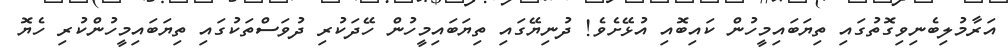
އަރާމުލިބެނިވިގޮތުގައި ތިޔަބައިމީހުން ކައިބޮއި އުޅޭށެވެ! ދުނިޔޭގައި ތިޔަބައިމީހުން ހޭދަކުރި ދުވަސްތަކުގައި ތިޔަބައިމީހުންކުރި ހެޔޮ